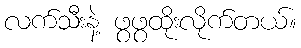
လက်သီးနဲ့ ဖွဖွထိုးလိုက်တယ်။